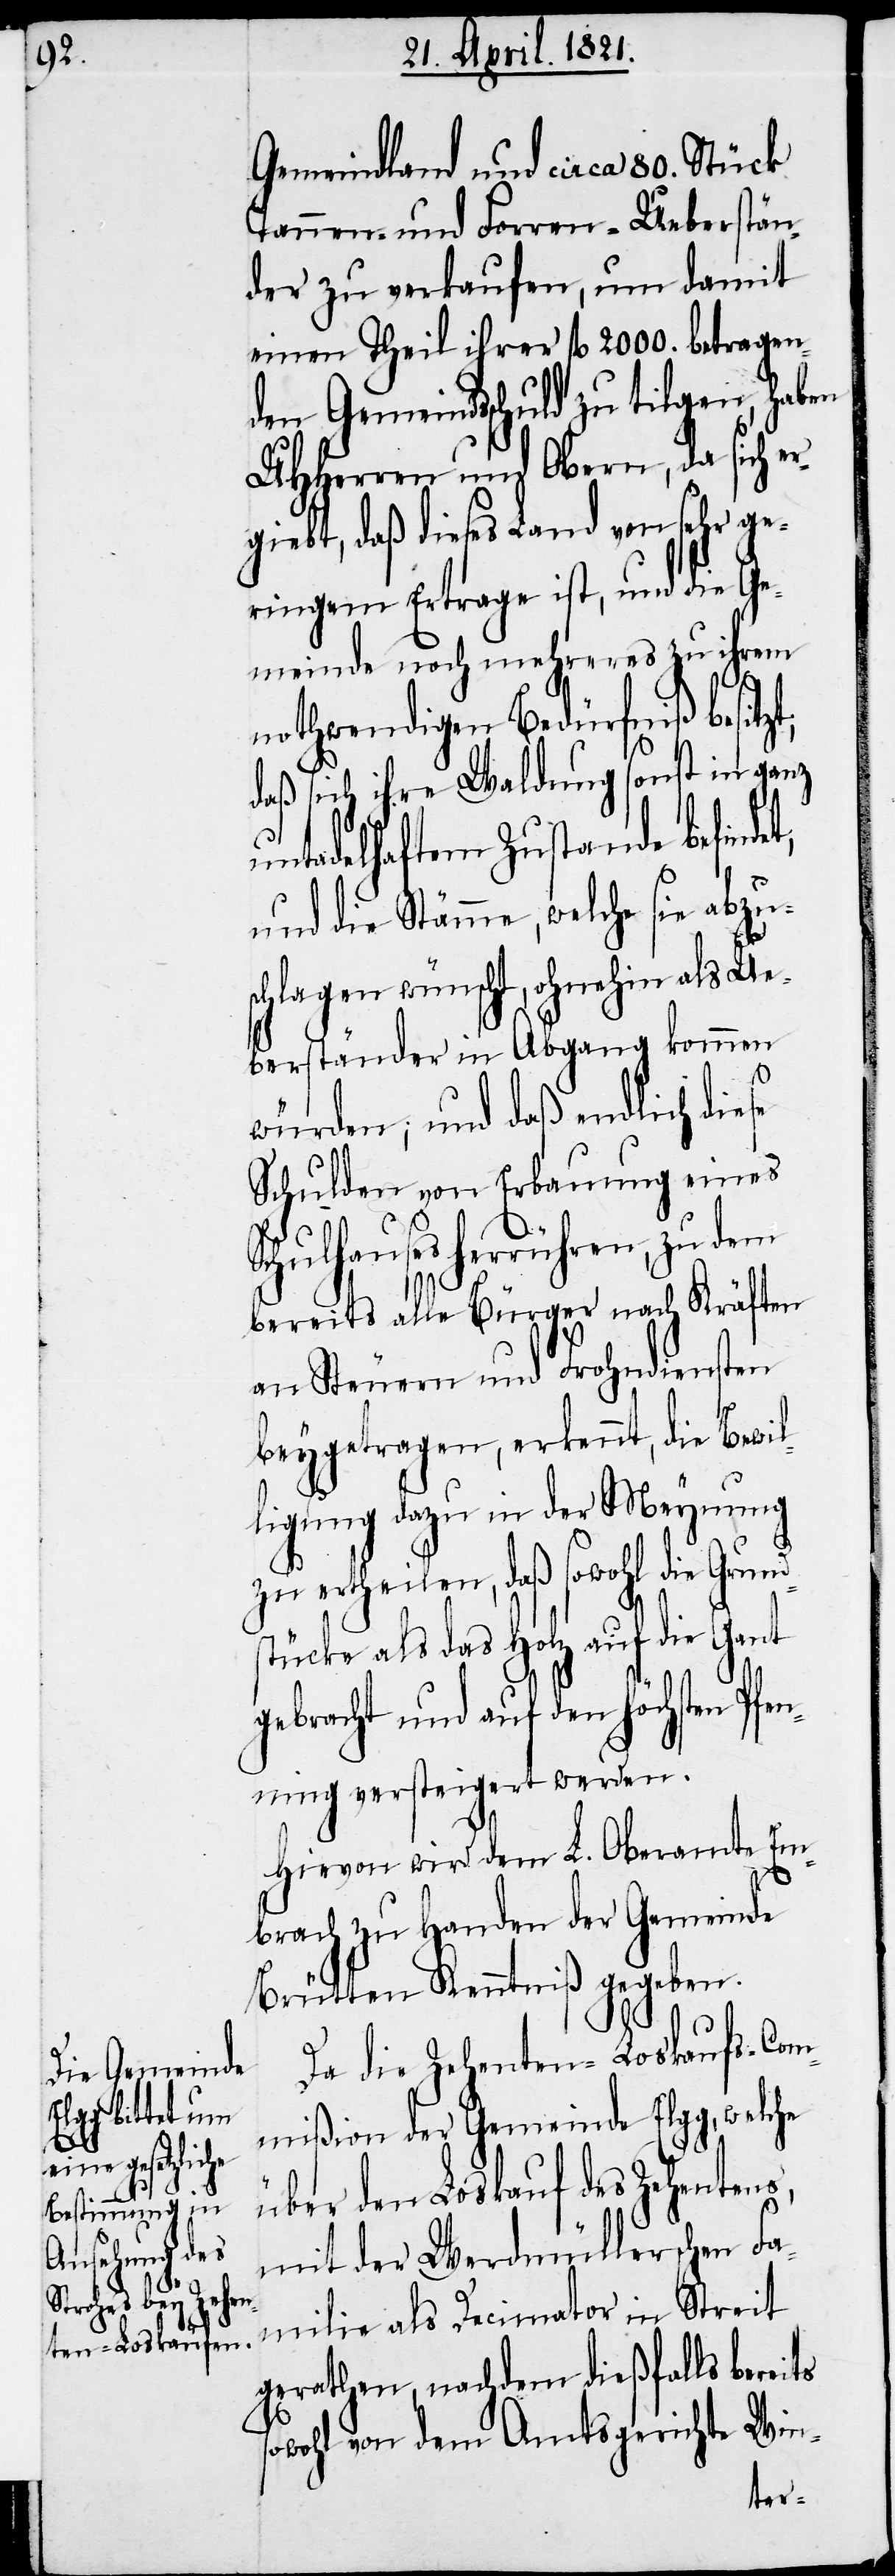
Schulha¬

Gemeindland und circa 80. Stück
Tannen- und Forren-Ueberstän¬
der zu verkaufen, um damit
einen Theil ihrer fl. 2000. betragen¬
den Gemeindsschuld zu tilgen, haben
UHHerren und Obern, da sich er¬
giebt, daß dieses Land von sehr ge¬
ringem Ertrage ist, und die Ge¬
meinde noch mehreres zu ihrem
nothwendigen Bedürfniß besitzt,
daß sich ihre Waldung sonst in ganz
untadelhaftem Zustande befindet,
und die Stämme, welche sie abzus¬
chlagen wünscht, ohnehin als Ue¬
berstände in Abgang kommen
würden; und daß endlich diese
Schulden von Erbauung eines
uses herrühren, zu dem
bereits alle Bürger nach Kräften
an Steuern und Frohndiensten
beygetragen, erkennt, die Bewil¬
ligung dazu in der Meynung
zu ertheilen, daß sowohl die Grunds¬
tücke als das Holz auf die Gant
gebracht und auf den höchsten Pfen¬
ning versteigert werden.
Hievon wird dem L. Oberamte Em¬
brach zu Handen der Gemeinde
Brütten Kenntniß gegeben.
Da die Zehenten-Loskaufs-Com¬
mißion der Gemeinde Elgg, welche
über den Loskauf des Zehentens,
mit der Werdmüllerschen Fa¬
milie als Decimator in Streit
gerathen, nachdem dießfalls bereits
sowohl von dem Amtsgerichte Win-